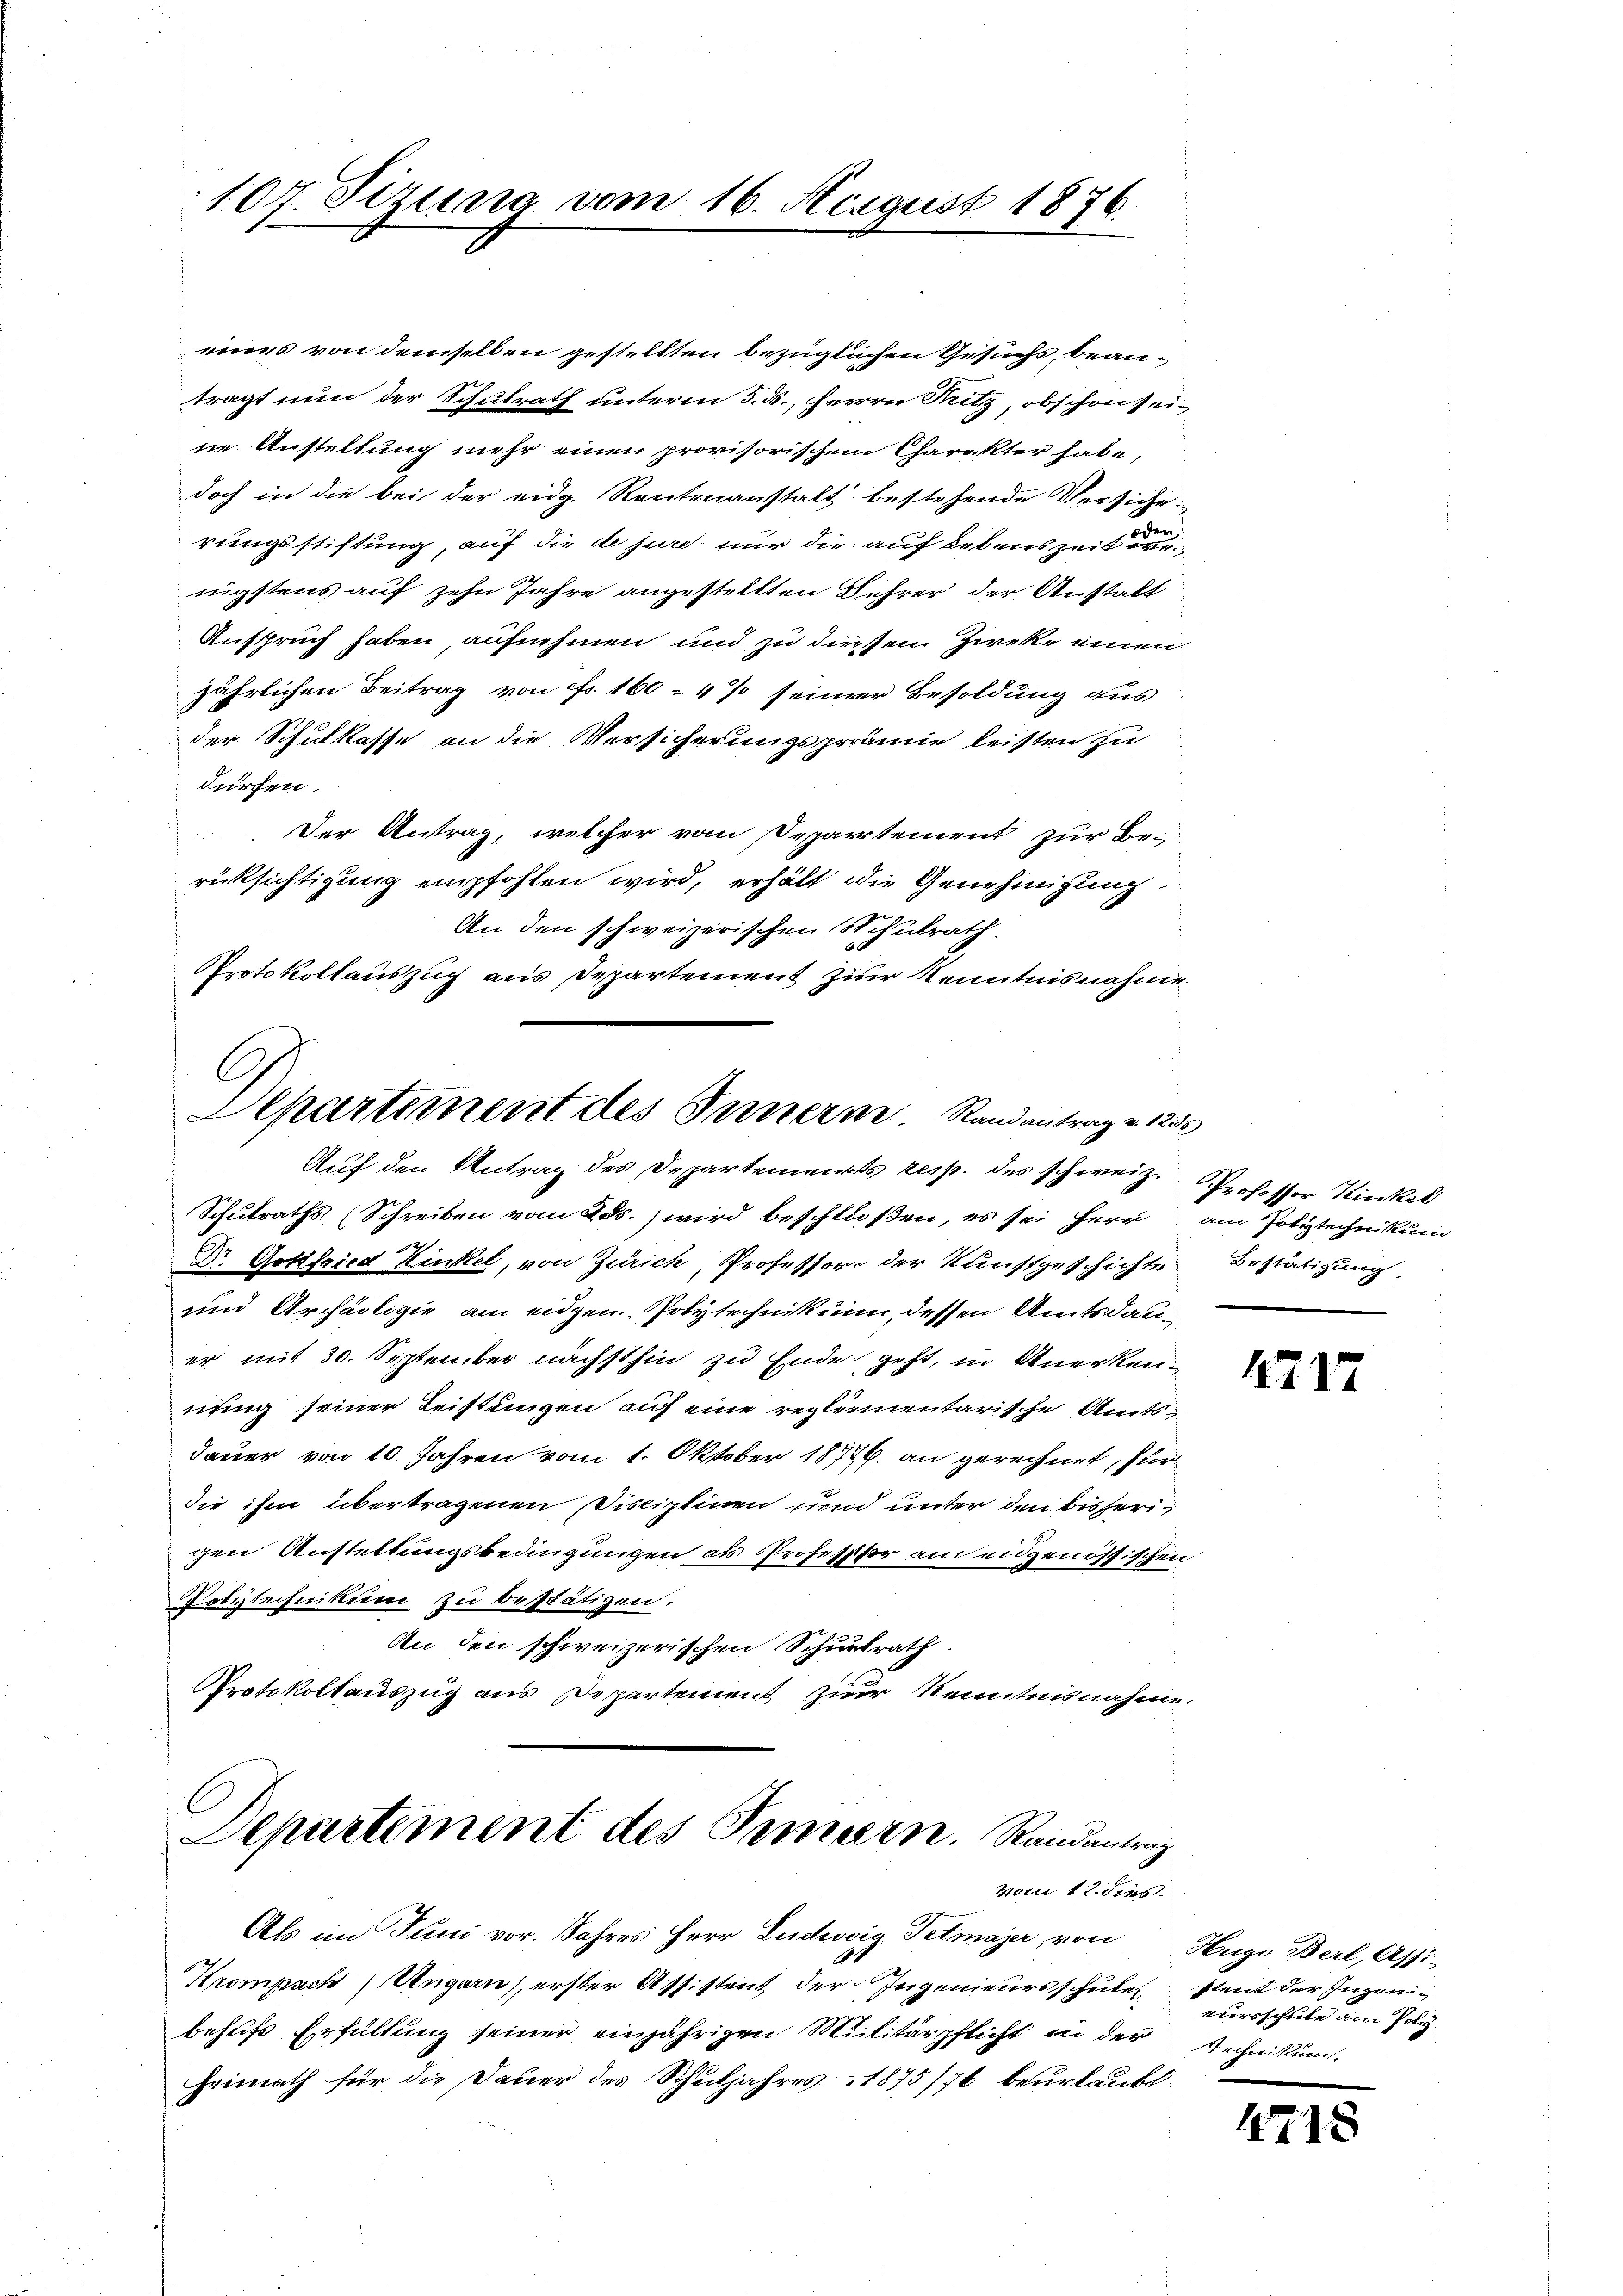
107. Sizung vom 16. August 1876.

eines von demselben gestellten bezüglichen Gesuchs, beanträgt nun der Schulrath unterm 5. ds., Herrn Ritz, obschon seine Anstellung mehr einen provisorischem Charakter habe,
doch in die bei der eidg. Rentenanstalt bestehende Versiche
rungsstiftung, auf die de jure nur die auf Lebenszeit e
nigstens auf zehn Jahre angestellten Lehrer der Anstalt
Anspruch haben aufnehmen und zu diessen Zwecke einen
jährlichen Beitrag von Fr. 160 - 4 % seiner Besoldung aus
der Schulkasse an die Versicherungsprämie leisten zu
dürfen.
Der Antrag, welcher vom Separtement zur Berücksichtigung empfohlen wird, erhält die Genehmigung
An den schweizerischen Schulrath.
Protokollauszug aus Departement zur Kenntnisnahme.
G
Departement des Innern. Randantrag v. 125
Auf den Antrag des Departements resp. des schweiz. Professor Kinkel
Schulraths (Schreiben vom 2. ds.) wird beschloßen, es sei Herr am Polytechnikum
h
Dr. Gottfried linkel, von Zürich, Professor der Kunstgeschichte
uund Archäologie am eidgen. Polytechnikum, dessen Amtsdauer mit 30. September nächsthin zu Ende geht, in Anerkennung seiner Leistungen auf eine reglementarische Amts¬
Dauer von 10. Jahren vom 1. Oktober 18726. an gerechnet, für
die ihm übertragenen Disciplinen und unter den bisherig
gen Austellungsbedingungen als Professor am eidgenössischen
Polytechnikum zu bestätigen.
An den schweizerischen Schulrath
Protokollauszug aus Departement zur Kenntnisnahme.

Departement des Tempern. Randantrag
vom 12. dies

Als im Juni vor. Jahres Herr Luchwig Tetmajer, von
Krompach Ungarn), erster Assistent der Ingenieursschule
behufs Erfüllung seiner einjährigen Militärpflicht in der
Heimath für die Dauer des Schuljahres 1875/76 beurlaubt

Bestätigung

4217

Hugo Berl, Assi-
stent der Ingen.
vursschule am Poly
Technikum.

1715